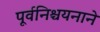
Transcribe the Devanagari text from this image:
पूर्वनिश्चयनाने